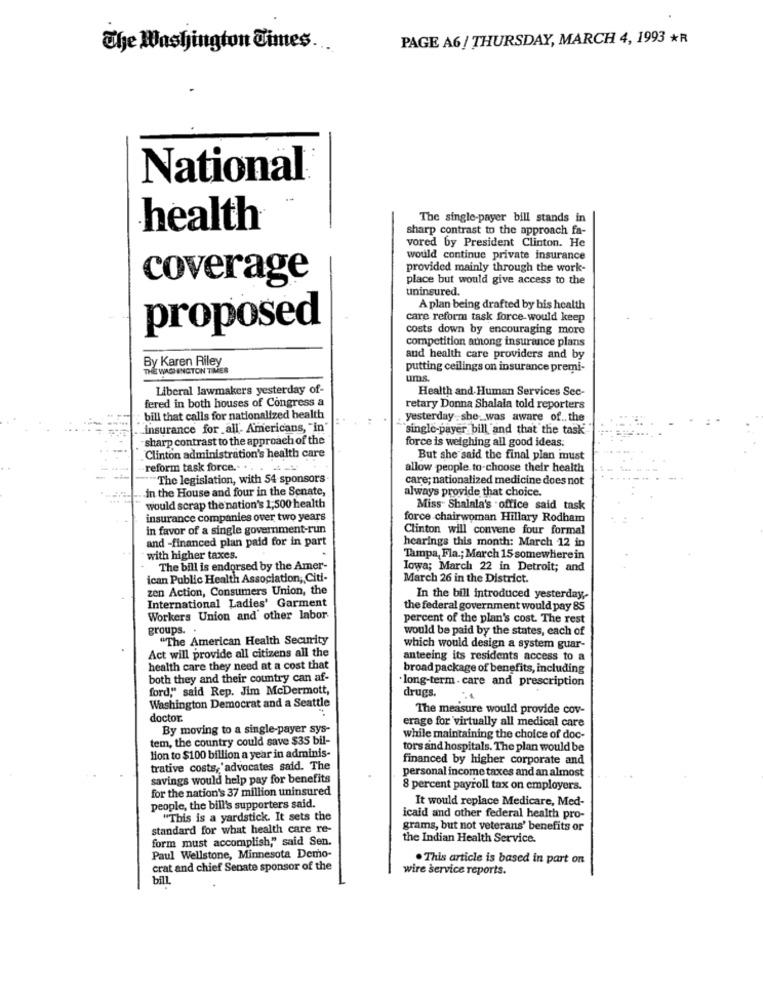
PAGE A6/ THURSDAY, MARCH 4, 1993 *R
The Washington Times.
National
The single-payer bill stands in
health
sharp contrast to the approach fa-
vored by President Clinton. He
would continue private insurance
provided mainly through the work-
coverage
place but would give access to the
uninsured.
A plan being drafted by his health
care reform task force-would keep
proposed
costs down by encouraging more
competition among insurance plans
and health care providers and by
By Karen Riley
THE WASHINGTON TIMES
putting ceilings on insurance premi-
ums.
Liberal lawmakers yesterday of-
Health and Human Services Sec-
fered in both houses of Congress a
retary Donna Shalala told reporters
bill that calls for nationalized health
. yesterday she was aware of .. the
insurance for all- Americans, "in
single-payer bill and that the task
sharp contrast to the approach of the
force is weighing all good ideas.
Clinton administration's health care
But she said the final plan must
reform task force .. .
allow people. to-choose their health
The legislation, with 54 sponsors
care; nationalized medicine does not
in the House and four in the Senate,
always provide that choice.
would scrap the nation's 1,500 health
Miss" Shalala's . office said task
insurance companies over two years
force chairwoman Hillary Rodham
in favor of a single government-run
Clinton will convene four formal
and -financed plan paid for in part
hearings this month: March 12 in
with higher taxes.
Tampa, Fla .; March 15 somewherein
The bill is endorsed by the Amer-
Iowa; March 22 in Detroit; and
ican Public Health Association ,, Citi-
March 26 in the District.
zen Action, Consumers Union, the
International Ladies' Garment
In the bill introduced yesterday ,-
the federal government would pay 85
Workers Union and other labor
percent of the plan's cost. The rest
groups. .
would be paid by the states, each of
"The American Health Security
which would design a system guar-
Act will provide all citizens all the
anteeing its residents access to a
health care they need at a cost that
broad package of benefits, including
both they and their country can af-
·long-term . care and prescription
ford," said Rep. Jim McDermott,
drugs.
Washington Democrat and a Seattle
The measure would provide cov-
doctor.
By moving to a single-payer sys-
erage for virtually all medical care
tem, the country could save $35 bil-
while maintaining the choice of doc-
tors and hospitals. The plan would be
lion to $100 billion a year in adminis-
financed by higher corporate and
trative costs, advocates said. The
personal income taxes and an almost
savings would help pay for benefits
for the nation's 37 million uninsured
8 percent payroll tax on employers.
It would replace Medicare, Med-
people, the bill's supporters said.
"This is a yardstick. It sets the
icaid and other federal health pro-
standard for what health care re-
grams, but not veterans' benefits or
form must accomplish," said Sen.
the Indian Health Service.
Paul Wellstone, Minnesota Demo-
. This article is based in part on
crat and chief Senate sponsor of the
wire service reports.
bill.